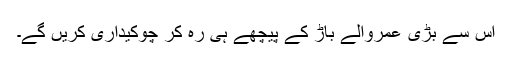
اس سے بڑی عمروالے باڑ کے پیچھے ہی رہ کر چوکیداری کریں گے۔